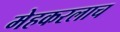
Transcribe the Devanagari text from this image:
मेहकरलाच